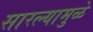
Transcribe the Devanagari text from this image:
सारल्यामुळे